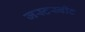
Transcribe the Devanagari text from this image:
जस्टस्वीट